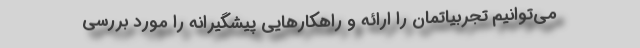
می‌توانیم تجربیاتمان را ارائه و راهکارهایی پیشگیرانه را مورد بررسی